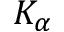
K _ { \alpha }